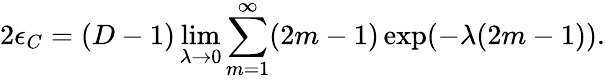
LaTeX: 2\epsilon_{C}=(D-1)\operatorname*{lim}_{\lambda\to 0}\sum_{m=1}^{\infty}(2m-1)\exp(-\lambda(2m-1)).